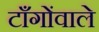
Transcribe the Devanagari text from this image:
टाँगोंवाले